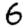
Digit: 6